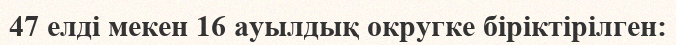
47 елді мекен 16 ауылдық округке біріктірілген: